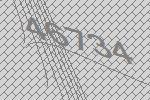
46734